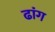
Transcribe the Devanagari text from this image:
ढांग